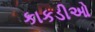
કાકડીઓ